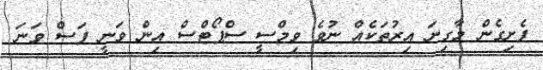
ފެށިގެން މާގިނަ އިރުތަކެއް ނުވެ ވިމްސީ ސްޕޯޓްސް އިން ވަނީ ފަސް ވަނަ